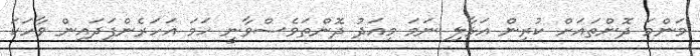
މަންމަ ދޮންތައަށް ކުރިން އަޅާލި ނަމަ މިއަދު ދޮންތަވެސްވާނީ ހަމަ އަހަރެންފަދައިން ވާހަކަ